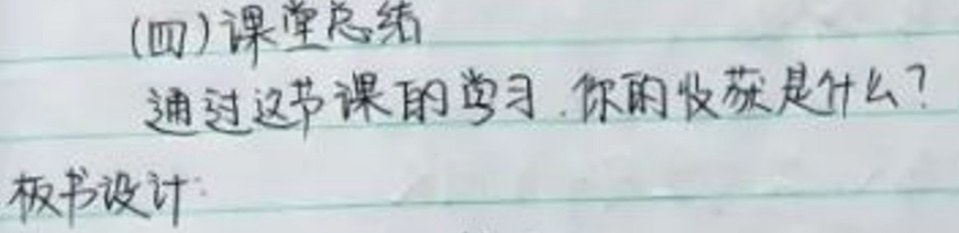
(四)课堂总结
通过这节课的学习，你的收获是什么？\\
板书设计